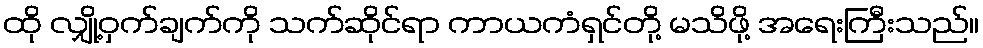
ထို လျှို့ဝှက်ချက်ကို သက်ဆိုင်ရာ ကာယကံရှင်တို့ မသိဖို့ အရေးကြီးသည်။